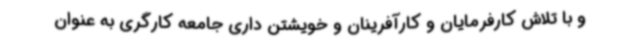
و با تلاش کارفرمایان و کارآفرینان و خویشتن داری جامعه کارگری به عنوان